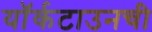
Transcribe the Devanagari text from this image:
यॉर्कटाउनची